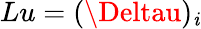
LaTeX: Lu=(\Deltau)_{\mathit{i}}